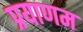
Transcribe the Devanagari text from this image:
प्रयाणम